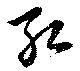
弘